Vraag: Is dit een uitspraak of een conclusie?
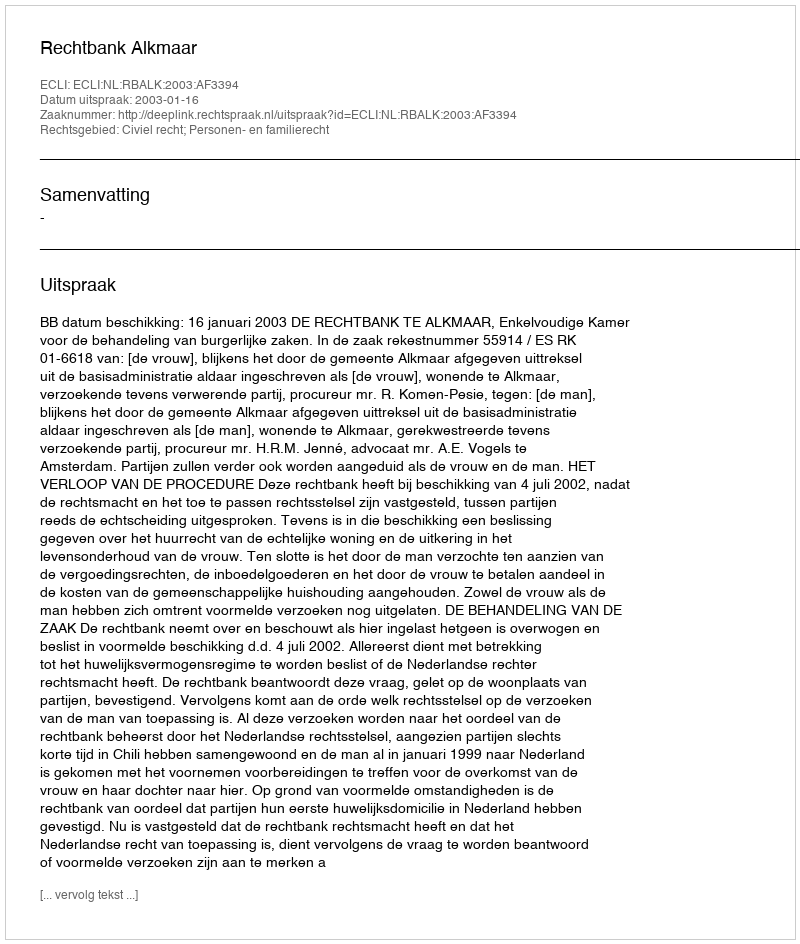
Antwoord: Uitspraak